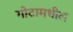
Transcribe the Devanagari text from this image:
गोटामधील